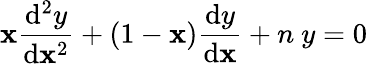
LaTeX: \mathbf{x}\frac{{\mathrm{{d}}^{2}y}}{{\mathrm{{d}}\mathbf{x}^{2}}}+(1-\mathbf{x})\frac{{\mathrm{{d}}y}}{{\mathrm{{d}}\mathbf{x}}}+n~y=0